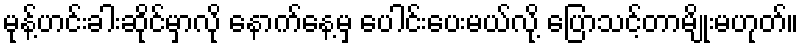
မုန့်ဟင်းခါးဆိုင်မှာလို နောက်နေ့မှ ပေါင်းပေးမယ်လို့ ပြောသင့်တာမျိုးမဟုတ်။